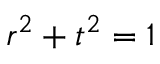
r ^ { 2 } + t ^ { 2 } = 1